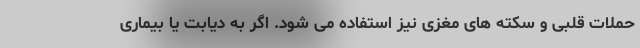
حملات قلبی و سکته های مغزی نیز استفاده می شود. اگر به دیابت یا بیماری